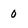
Character: 0